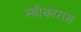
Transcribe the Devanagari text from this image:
स्वीकारास